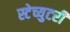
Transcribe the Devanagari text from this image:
स्टेच्युटरी